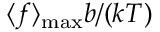
\langle f \rangle _ { \operatorname* { m a x } } b / ( k T )